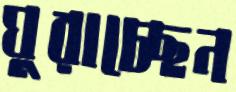
ঘুরাচ্ছেন